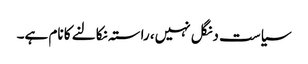
سیاست دنگل نہیں، راستہ نکالنے کا نام ہے۔